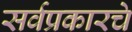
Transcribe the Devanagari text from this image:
सर्वप्रकारचे